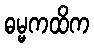
ဓမ္မကထိက